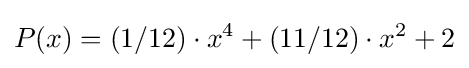
P(x)=(1/12)\cdot x^{4}+(11/12)\cdot x^{2}+2